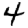
Digit: 4